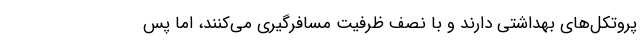
پروتکل‌های بهداشتی دارند و با نصف ظرفیت مسافرگیری می‌کنند، اما پس